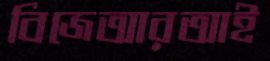
বিজেআরআই